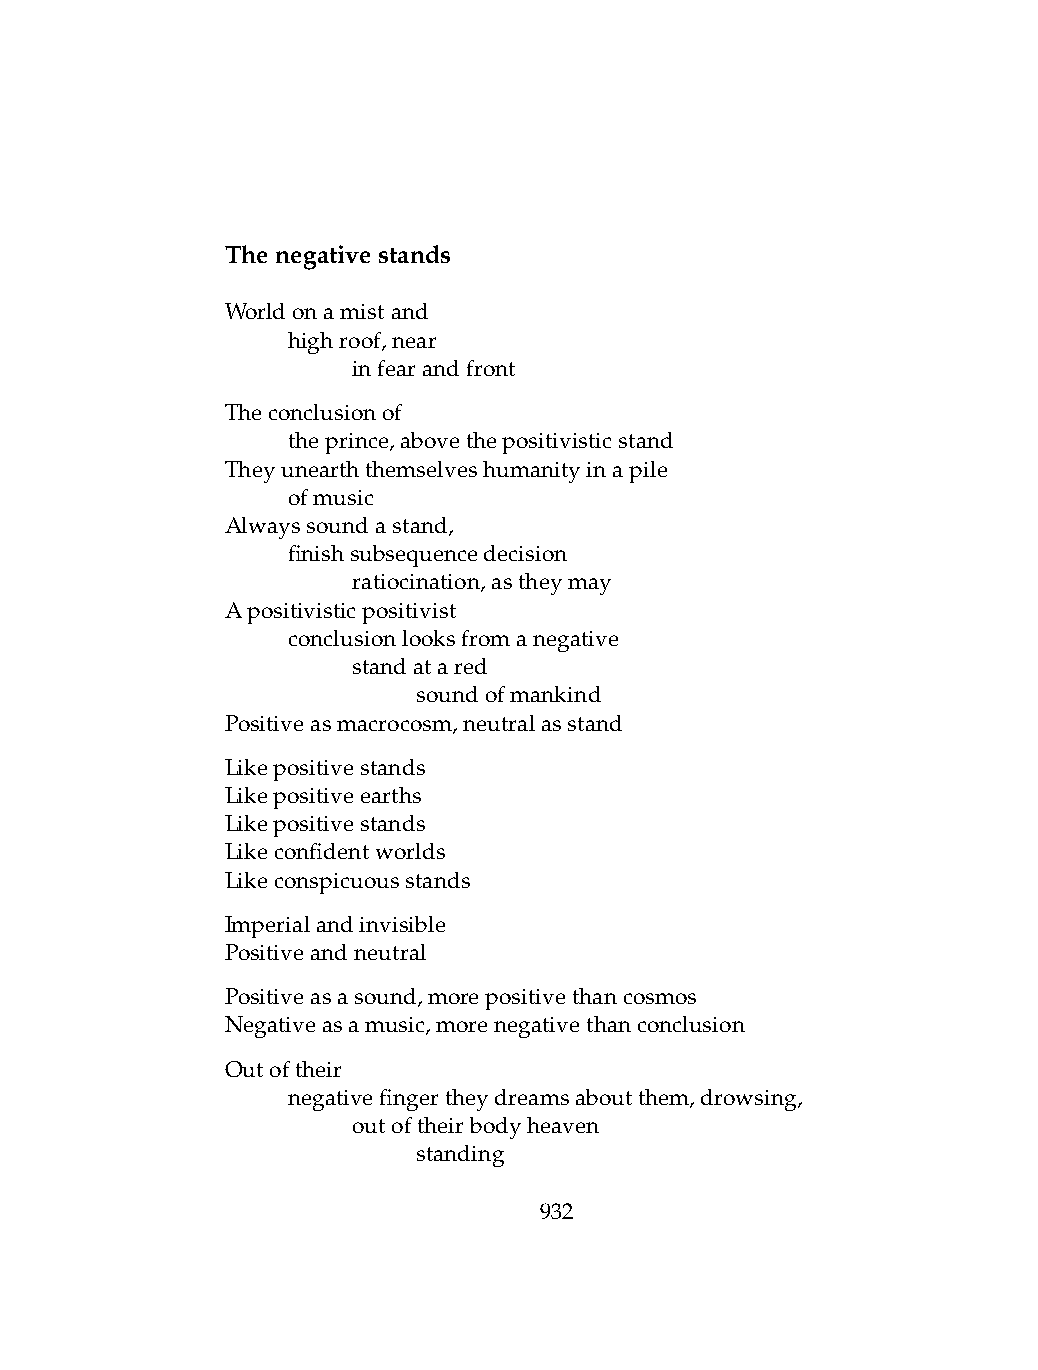
Thenegativestands
 Worldonamistand
 .   highroof,near
 .   .   infearandfront
 Theconclusionof
 .   theprince,abovethepositivisticstand
 Theyunearththemselveshumanityinapile
 .   ofmusic
 Alwayssoundastand,
 .   finishsubsequencedecision
 .   .   ratiocination,astheymay
 Apositivisticpositivist
 .   conclusionlooksfromanegative
 .   .   standatared
 .   .   .    soundofmankind
 Positiveasmacrocosm,neutralasstand
 Likepositivestands
 Likepositiveearths
 Likepositivestands
 Likeconfidentworlds
 Likeconspicuousstands
 Imperialandinvisible
 Positiveandneutral
 Positiveasasound,morepositivethancosmos
 Negativeasamusic,morenegativethanconclusion
 Outoftheir
 .   negativefingertheydreamsaboutthem,drowsing,
 .   .   outoftheirbodyheaven
 .   .   .    standing
 932